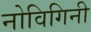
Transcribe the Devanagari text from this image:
नोविगिनी